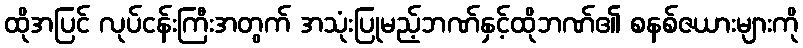
ထိုအပြင် လုပ်ငန်းကြီးအတွက် အသုံးပြုမည့်ဘဏ်နှင့်ထိုဘဏ်၏ စနစ်ဇယားများကို